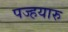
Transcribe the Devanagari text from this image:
पज्हयारु